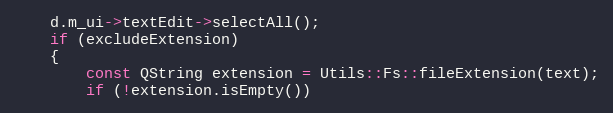
Language: C++
    d.m_ui->textEdit->selectAll();
    if (excludeExtension)
    {
        const QString extension = Utils::Fs::fileExtension(text);
        if (!extension.isEmpty())